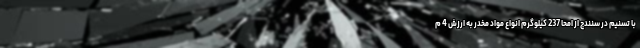
با تسنیم در سنندج از امحا 237 کیلوگرم انواع مواد مخدر به ارزش 4 م